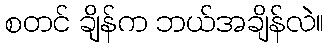
စတင် ချိန်က ဘယ်အချိန်လဲ။